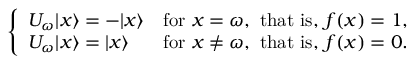
\left\{ \begin{array} { l l } { U _ { \omega } | x \rangle = - | x \rangle } & { { \mathrm { f o r ~ } } x = \omega { \mathrm { , ~ t h a t ~ i s , ~ } } f ( x ) = 1 , } \\ { U _ { \omega } | x \rangle = | x \rangle } & { { \mathrm { f o r ~ } } x \neq \omega { \mathrm { , ~ t h a t ~ i s , ~ } } f ( x ) = 0 . } \end{array} \right.